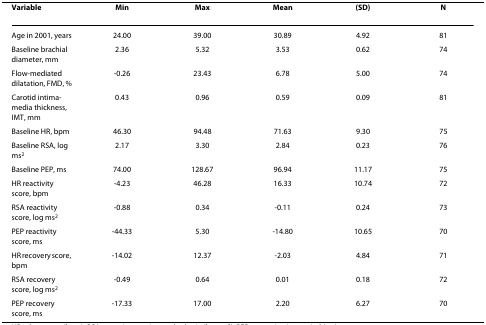
<table><thead><tr><td><b>Variable</b></td><td><b>Min</b></td><td><b>Max</b></td><td><b>Mean</b></td><td><b>(SD)</b></td><td><b>N</b></td></tr></thead><tbody><tr><td>Age in 2001, years</td><td>24.00</td><td>39.00</td><td>30.89</td><td>4.92</td><td>81</td></tr><tr><td>Baseline brachial diameter, mm</td><td>2.36</td><td>5.32</td><td>3.53</td><td>0.62</td><td>74</td></tr><tr><td>Flow-mediated dilatation, FMD, %</td><td>-0.26</td><td>23.43</td><td>6.78</td><td>5.00</td><td>74</td></tr><tr><td>Carotid intima-media thickness, IMT, mm</td><td>0.43</td><td>0.96</td><td>0.59</td><td>0.09</td><td>81</td></tr><tr><td>Baseline HR, bpm</td><td>46.30</td><td>94.48</td><td>71.63</td><td>9.30</td><td>75</td></tr><tr><td>Baseline RSA, log ms<sup>2</sup></td><td>2.17</td><td>3.30</td><td>2.84</td><td>0.23</td><td>76</td></tr><tr><td>Baseline PEP, ms</td><td>74.00</td><td>128.67</td><td>96.94</td><td>11.17</td><td>75</td></tr><tr><td>HR reactivity score, bpm</td><td>-4.23</td><td>46.28</td><td>16.33</td><td>10.74</td><td>72</td></tr><tr><td>RSA reactivity score, log ms<sup>2</sup></td><td>-0.88</td><td>0.34</td><td>-0.11</td><td>0.24</td><td>73</td></tr><tr><td>PEP reactivity score, ms</td><td>-44.33</td><td>5.30</td><td>-14.80</td><td>10.65</td><td>70</td></tr><tr><td>HR recovery score, bpm</td><td>-14.02</td><td>12.37</td><td>-2.03</td><td>4.84</td><td>71</td></tr><tr><td>RSA recovery score, log ms<sup>2</sup></td><td>-0.49</td><td>0.64</td><td>0.01</td><td>0.18</td><td>72</td></tr><tr><td>PEP recovery score, ms</td><td>-17.33</td><td>17.00</td><td>2.20</td><td>6.27</td><td>70</td></tr></tbody></table>